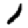
Digit: 1